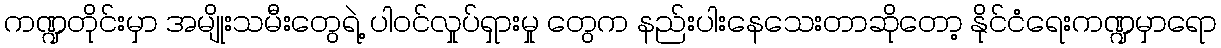
ကဏ္ဍတိုင်းမှာ အမျိုးသမီးတွေရဲ့ ပါဝင်လှုပ်ရှားမှု တွေက နည်းပါးနေသေးတာဆိုတော့ နိုင်ငံရေးကဏ္ဍမှာရော